King Institute of Preventive Medicine Micro-Biological Section reports 1909-11
Year: 1909
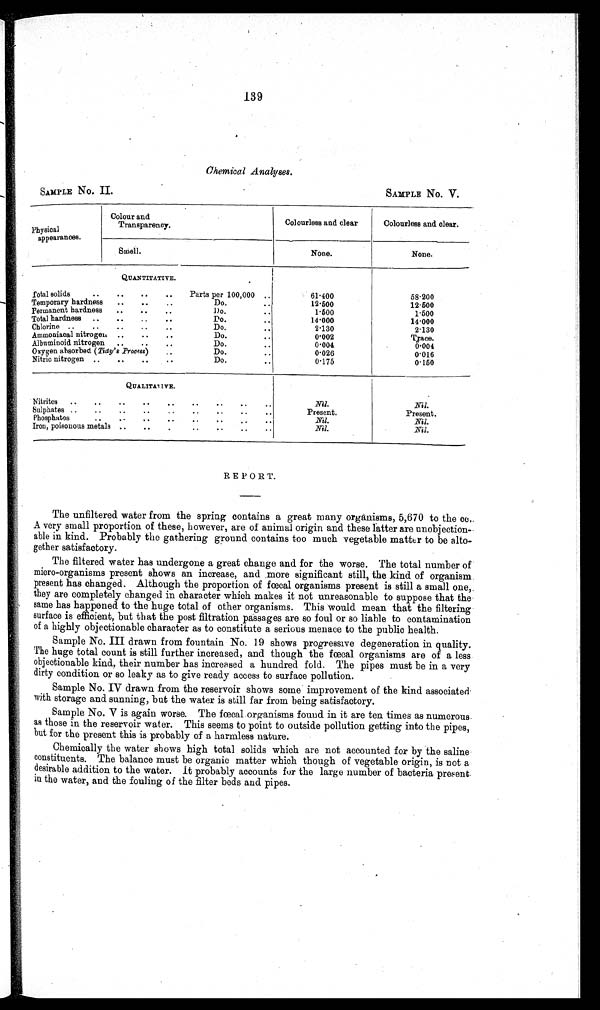
SAMPLE No. II.
SAMPLE NO. V.
139
Chemical Analyses.
Physical
appearances.
Colour and
Transparency.
Colourless and clear
Colourless and clear.
Smell.
None.
None.
QUANTITATIVE.
Total solids .. .. .. ..
Parts per 100,000 ..
61·400
58·200
Temporary hardness ..
..
..
Do.
12·500
12·500
Permanent hardness ..
..
..
Do.
1·500
1·500
Total hardness ..
..
..
..
Do.• •
14·000
14·000
Chlorine ..
..
..
• •
..
Do.
2·130
2·130
Ammoniacal nitrogen ..
..
..
Do...
0 002
Trace.
Albuminoid nitrogen ..
..
..
Do...
0 004
0 004
Oxygen absorbed (Tidy's Process)
, .
Do... • •
0 · 0 2 6
0 016
Nitric nitrogen ..
..
..
..
Do... • •
0 · 1 7 5
0·150
QUALITATIVE.
Nitrites
Nil.
Nil.
Sulphates ..
..
..
..
..
..
..
• •
..
Present.
Present.
Phosphates
..
..
..
..
• •
• •
Nil.
Nil.
Iron, poisonous metals ..
..
.
• •
• •
..
Nil.
Nil.
REPORT.
The unfiltered water from the spring contains a great many organisms, 5,670 to the cc,.
A very small proportion of these, however, are of animal origin and these latter are unobjection-
able in kind. Probably the gathering ground contains too much vegetable matter to be alto-
gether satisfactory.
The filtered water has undergone a great change and for the worse. The total number of
micro-organisms present shows an increase, and more significant still, the kind of organism
present has changed. Although the proportion of fœcal organisms present is still a small one,.
they are completely changed in character which makes it not unreasonable to suppose that the
same has happened to the huge total of other organisms. This would mean that the filtering
surface is efficient, but that the post filtration passages are so foul or 80 liable to contamination
of a highly objectionable character as to constitute a serious menace to the public health.
Sample No. III drawn from fountain No. 19 shows progressive degeneration in quality.
The huge total count is still further increased, and though the fœcal organisms are of a less
objectionable kind, their number has increased a hundred fold. The pipes must be in a very
dirty condition or so leaky as to give ready access to surface pollution.
Sample No. IV drawn from the reservoir shows some improvement of the kind associated
with storage and sunning, but the water is still far from being satisfactory.
Sample No. V is again worse. The fœcal organisms found. in it are ten times as numerous
as those in the reservoir water. This seems to point to outside pollution getting into the pipes,
but for the present this is probably of a harmless nature.
Chemically the water shows high total solids which are not accounted for by the saline
constituents. The balance must be organic matter which though of vegetable origin, is not a
desirable addition to the water. It probably accounts for the large number of bacteria present
in the water, and the fouling of the filter beds and pipes.